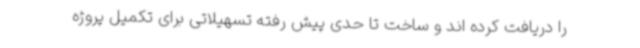
را دریافت کرده اند و ساخت تا حدی پیش رفته تسهیلاتی برای تکمیل پروژه